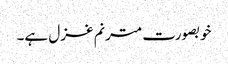
خوبصورت مترنم غزل ہے۔